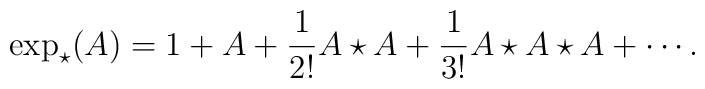
\exp_\star(A)=1+A+\frac{1}{2!}A\star A+\frac{1}{3!}A\star A\star A+\cdots.